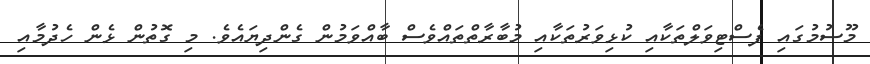
މޫސުމުގައި ފެސްޓިވަލްތަކާއި ކުޅިވަރުތަކާއި މުބާރާތްތައްވެސް ބާއްވަމުން ގެންދިޔައެވެ. މި ގޮތުން ޅެން ހެދުމާއި